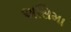
અસિમા